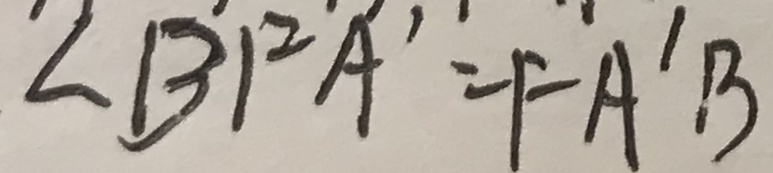
\angle B F A ^ { \prime } = F A ^ { \prime } B